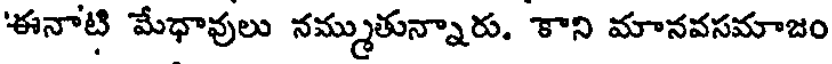
'ఈనాటి మేధావులు నమ్ముతున్నారు. కాని మానవసమాజం